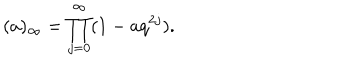
LaTeX: ( a ) _ { \infty } = \prod _ { j = 0 } ^ { \infty } ( 1 - a q ^ { 2 j } ) .